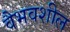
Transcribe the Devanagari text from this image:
वैभवशील